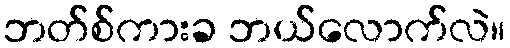
ဘတ်စ်ကားခ ဘယ်လောက်လဲ။